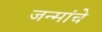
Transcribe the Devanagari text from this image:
जन्मांचे